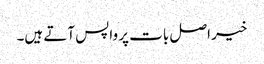
خیر اصل بات پر واپس آتے ہیں۔